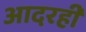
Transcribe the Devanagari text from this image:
आदरही